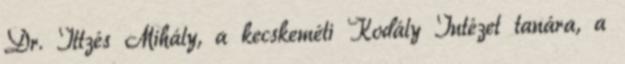
Dr. Ittzés Mihály, a kecskeméti Kodály Intézet tanára, a